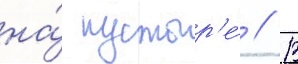
на́ пустыр'е́ // В